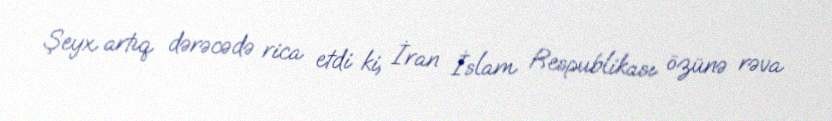
Şeyx artıq dərəcədə rica etdi ki, İran İslam Respublikası özünə rəva